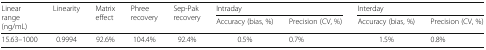
| <ROWSPAN=2> Linear range (ng/mL) | <ROWSPAN=2> Linearity | <ROWSPAN=2> Matrix effect | <ROWSPAN=2> Phree recovery | <ROWSPAN=2> Sep-Pak recovery | <COLSPAN=2> Intraday | <COLSPAN=2> Interday |
 | Accuracy (bias, %) | Precision (CV, %) | Accuracy (bias, %) | Precision (CV, %) |
 | --- | --- | --- | --- | --- | --- | --- | --- | --- |
 | 15.63–1000 | 0.9994 | 92.6% | 104.4% | 92.4% | 0.5% | 0.7% | 1.5% | 0.8% |